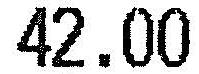
42.00